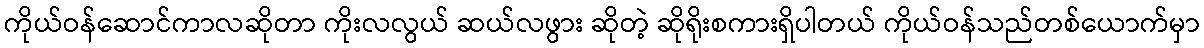
ကိုယ်ဝန်ဆောင်ကာလဆိုတာ ကိုးလလွယ် ဆယ်လဖွား ဆိုတဲ့ ဆိုရိုးစကားရှိပါတယ် ကိုယ်ဝန်သည်တစ်ယောက်မှာ